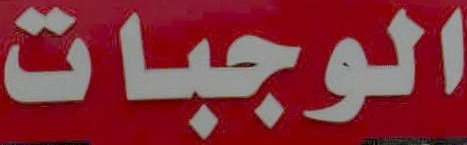
الوجبات